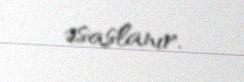
əsaslanır.